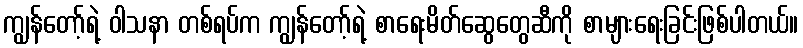
ကျွန်တော့်ရဲ့ ဝါသနာ တစ်ရပ်က ကျွန်တော့်ရဲ့ စာရေးမိတ်ဆွေတွေဆီကို စာများရေးခြင်းဖြစ်ပါတယ်။